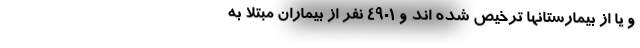
و یا از بیمارستانها ترخیص شده اند و ۴۹۰۱ نفر از بیماران مبتلا به